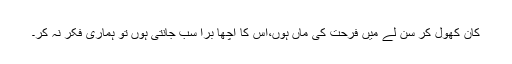
کان کھول کر سن لے میں فرحت کی ماں ہوں،اس کا اچھا برا سب جانتی ہوں تو ہماری فکر نہ کر۔